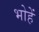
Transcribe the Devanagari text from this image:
भोहें